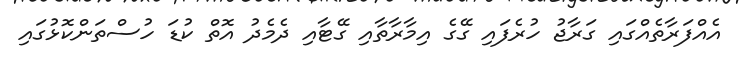
އެއްފަރާތެއްގައި ގަރާޖު ހުރެފައި ގޭގެ އިމާރާތާއި ގޭޓާއި ދެމެދު އޮތް ކުޑަ ހުސްތަންކޮޅުގައި